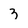
Character: 3